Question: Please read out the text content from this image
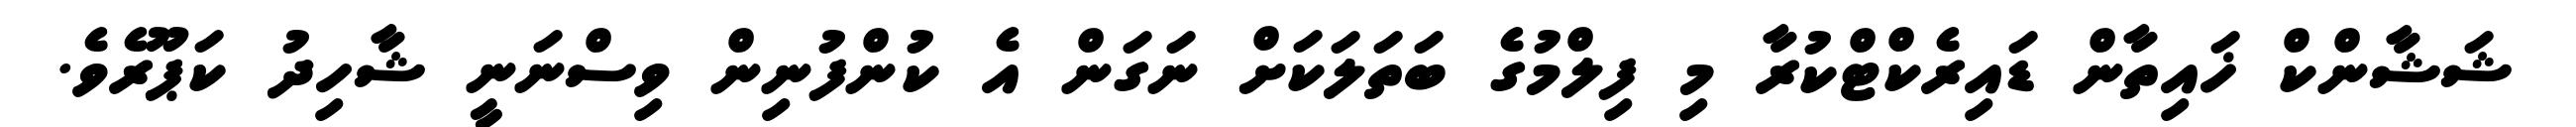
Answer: ޝަޝާންކް ޚައިތާން ޑައިރެކްޓްކުރާ މި ފިލްމުގެ ބަތަލަކަށް ނަގަން އެ ކުންފުނިން ވިސްނަނީ ޝާހިދު ކަޕޫރެވެ.